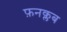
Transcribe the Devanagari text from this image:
फ़नक्लब